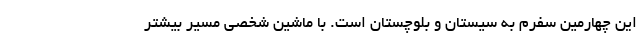
این چهارمین سفرم به سیستان و بلوچستان است. با ماشین شخصی مسیر بیشتر